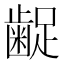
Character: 𮯇